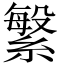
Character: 䌓